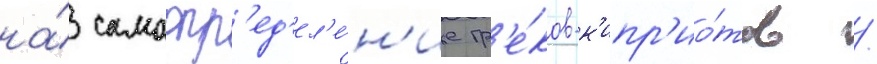
на́ самоопр'ед'ел'е́н'ие гр'е́ков-к'ипр'ио́тов /